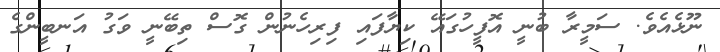
ނޫޅެއެވެ. ސަމީރާ ބުނީ އޮފީހުގައޭ ކިޔާފައި ފިރިހެނުން ގޮސް ތިބޭނީ ވަގު އަނބީންގެ